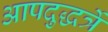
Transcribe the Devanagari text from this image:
आपदुद्धर्त्रे